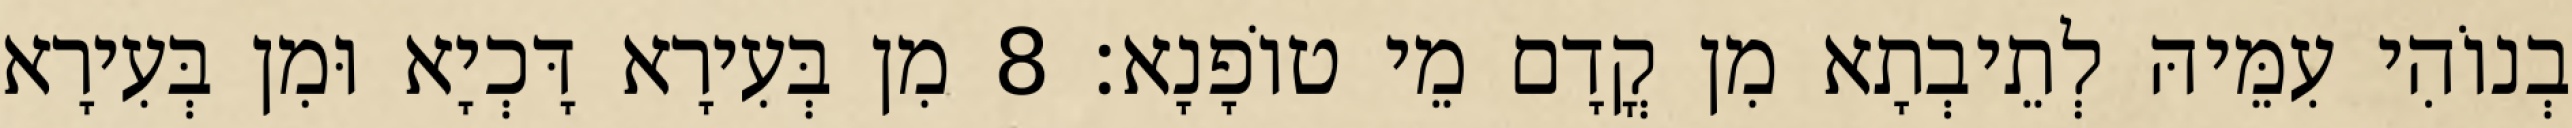
בְנוֹהִי עִמֵּיהּ לְתֵיבְתָא מִן קֳדָם מֵי טוֹפָנָא׃ 8 מִן בְּעִירָא דָּכְיָא וּמִן בְּעִירָא